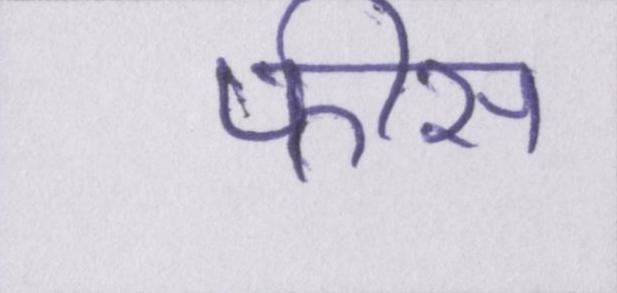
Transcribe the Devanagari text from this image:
फीस